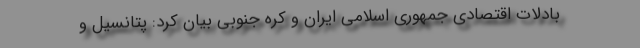
بادلات اقتصادی جمهوری اسلامی ایران و کره جنوبی بیان کرد: پتانسیل و